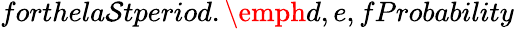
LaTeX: forthela\mathcal{S}tperiod.\emph{{d,e,f}}Probability